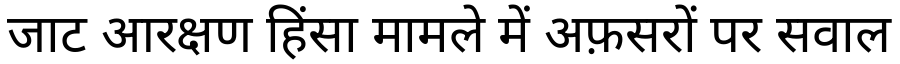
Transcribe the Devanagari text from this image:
जाट आरक्षण हिंसा मामले में अफ़सरों पर सवाल